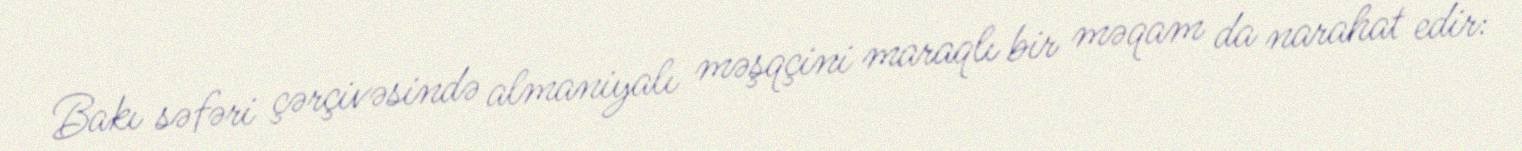
Bakı səfəri çərçivəsində almaniyalı məşqçini maraqlı bir məqam da narahat edir: